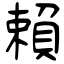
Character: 賴